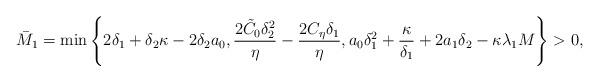
LaTeX: \begin{align*}\bar{M}_1=\min\left\{2\delta_1+\delta_2\kappa-2\delta_2a_0, \dfrac{2\tilde{C}_0\delta_2^2}{\eta}-\dfrac{2C_\eta\delta_1 }{\eta}, a_0\delta_1^2+ \dfrac{\kappa}{\delta_1}+2a_1\delta_2- \kappa\lambda_1M \right\}>0,\end{align*}